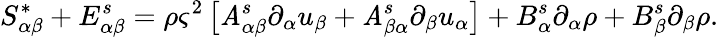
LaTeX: S_{\alpha\beta}^{*}+E_{\alpha\beta}^{s}=\rho\varsigma^{2}\left[\mathit{A}_{\alpha\beta}^{s}\partial_{\alpha}u_{\beta}+\mathit{A}_{\beta\alpha}^{s}\partial_{\beta}u_{\alpha}\right]+B_{\alpha}^{s}\partial_{\alpha}\rho+B_{\beta}^{s}\partial_{\beta}\rho.